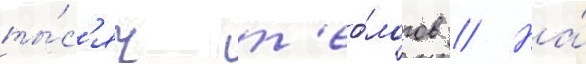
ты́с'яч т'ео́логов // На́